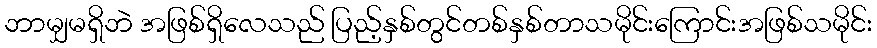
ဘာမျှမရှိဘဲ အဖြစ်ရှိလေသည် ပြည့်နှစ်တွင်တစ်နှစ်တာသမိုင်းကြောင်းအဖြစ်သမိုင်း